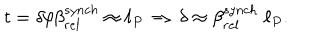
t = \delta / \beta _ { r e l } ^ { s y n c h } \approx \ell _ { P } \, \Rightarrow \, \delta \approx \beta _ { r e l } ^ { s y n c h } \; \ell _ { P } .